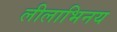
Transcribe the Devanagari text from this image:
लीलाभिनय